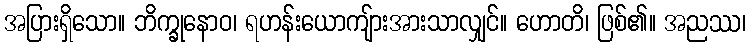
အပြားရှိသော။ ဘိက္ခုနောဝ၊ ရဟန်းယောကျ်ားအားသာလျှင်။ ဟောတိ၊ ဖြစ်၏။ အညဿ၊